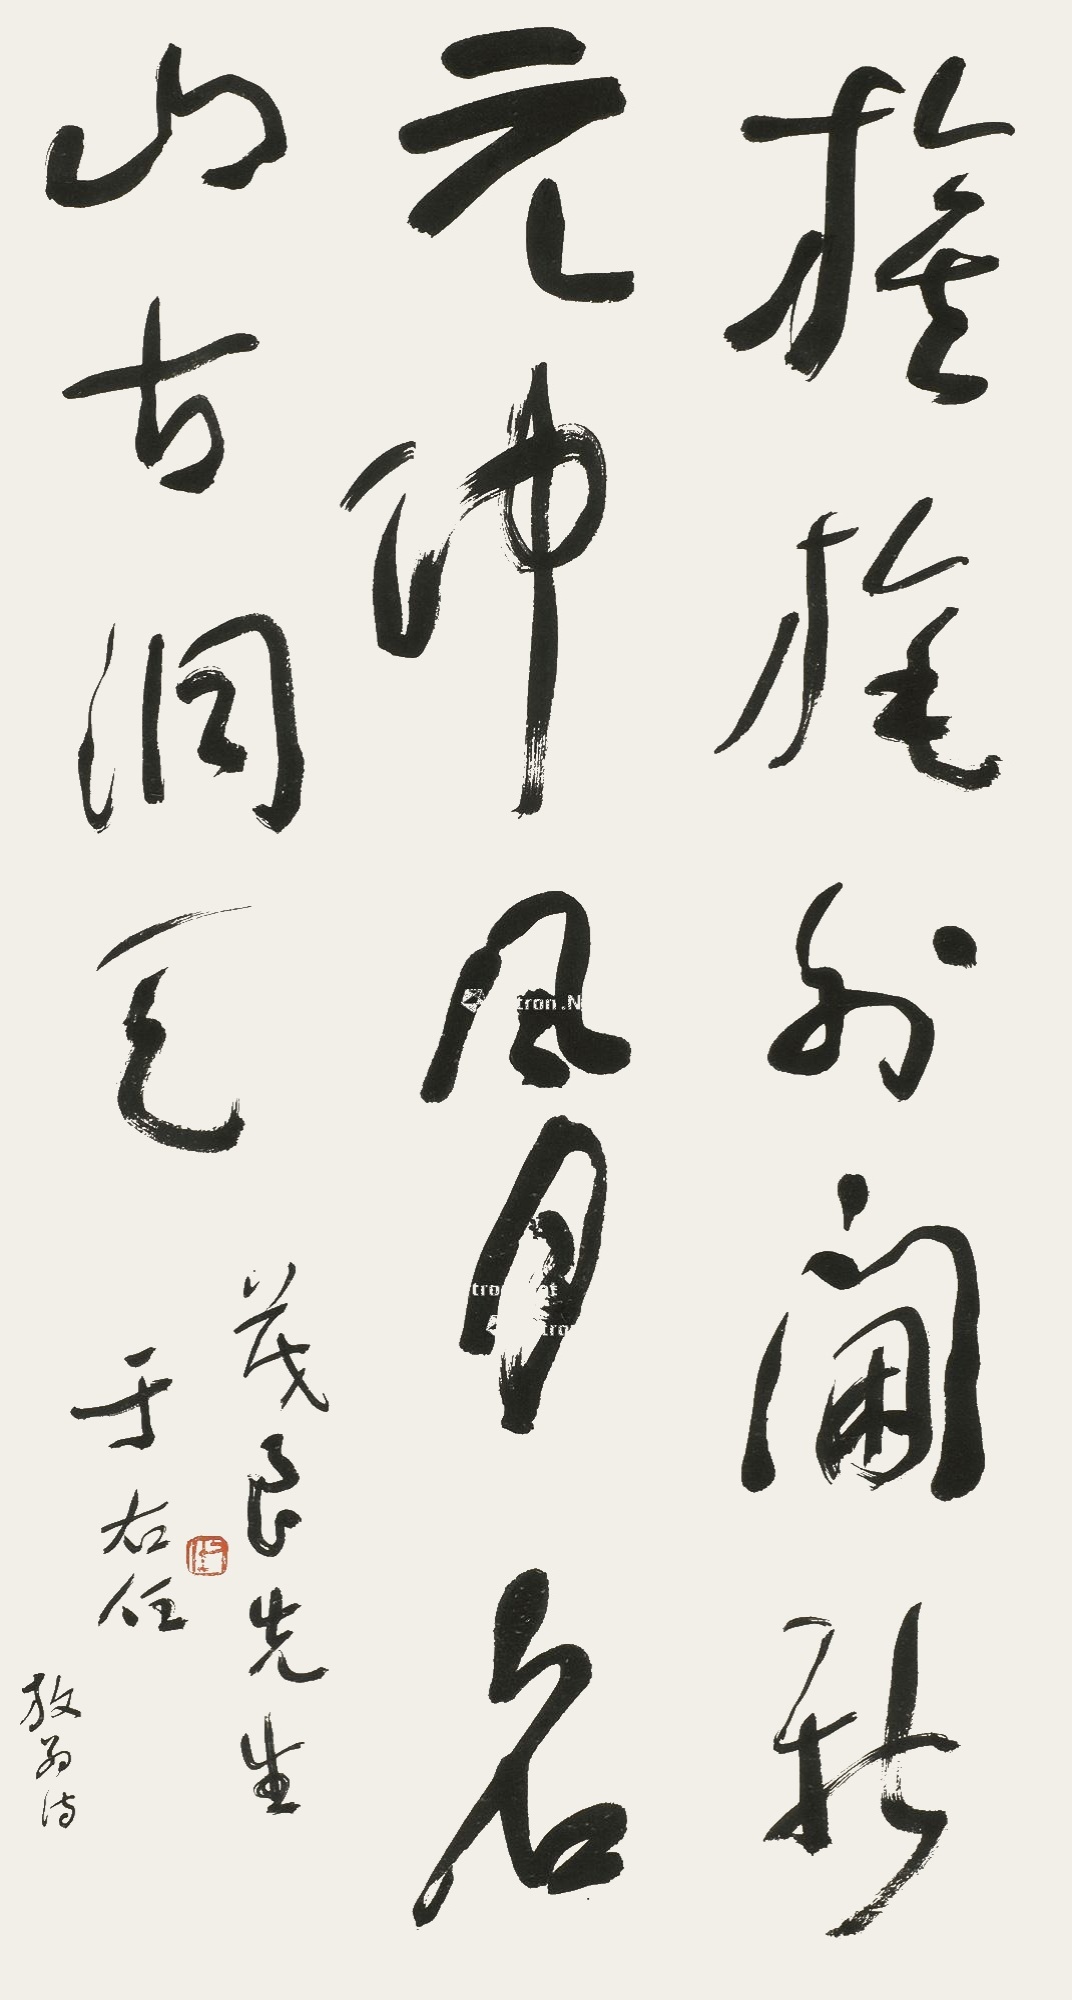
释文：旌旄外阃新元帅，风月名山古洞天。茂良先生。于右任。放翁诗。